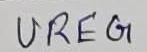
Text: UREG